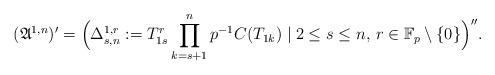
LaTeX: \begin{align*}({\mathfrak A}^{1,n})'=\Big(\Delta_{s,n}^{1,r}:=T_{1s}^r\prod_{k=s+1}^np^{-1}C(T_{1k})\mid 2\leq s\leq n,\,r\in{\mathbb F}_p\setminus\{0\}\Big)''.\end{align*}